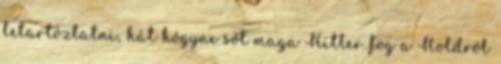
letartóztatni, hát hógyne sőt maga Hitler fog a Holdról